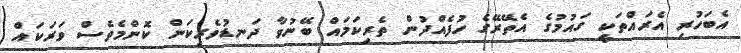
އެބަހުރި އެރައްތަކީ ގައުމުގެ އެތޭރޭގެ ހުފެއްދުން ތެރިކަމައް ބޭނުވާ ދަނޑުވެރިކަން ކޮންމެވެސް ވަރަކައް